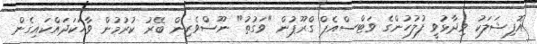
އޮފިޝަލަކު ވިދާޅުވީ ފުލުހުންގެ ވަޓްސްއެޕް ގްރޫޕުން "ވަގުތު" ނޫސްވެރިން ބޭރު ކުރުމުން ވާހަކަދައްކައިގެން